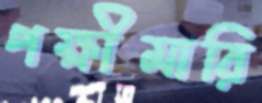
পক্ষীমারি